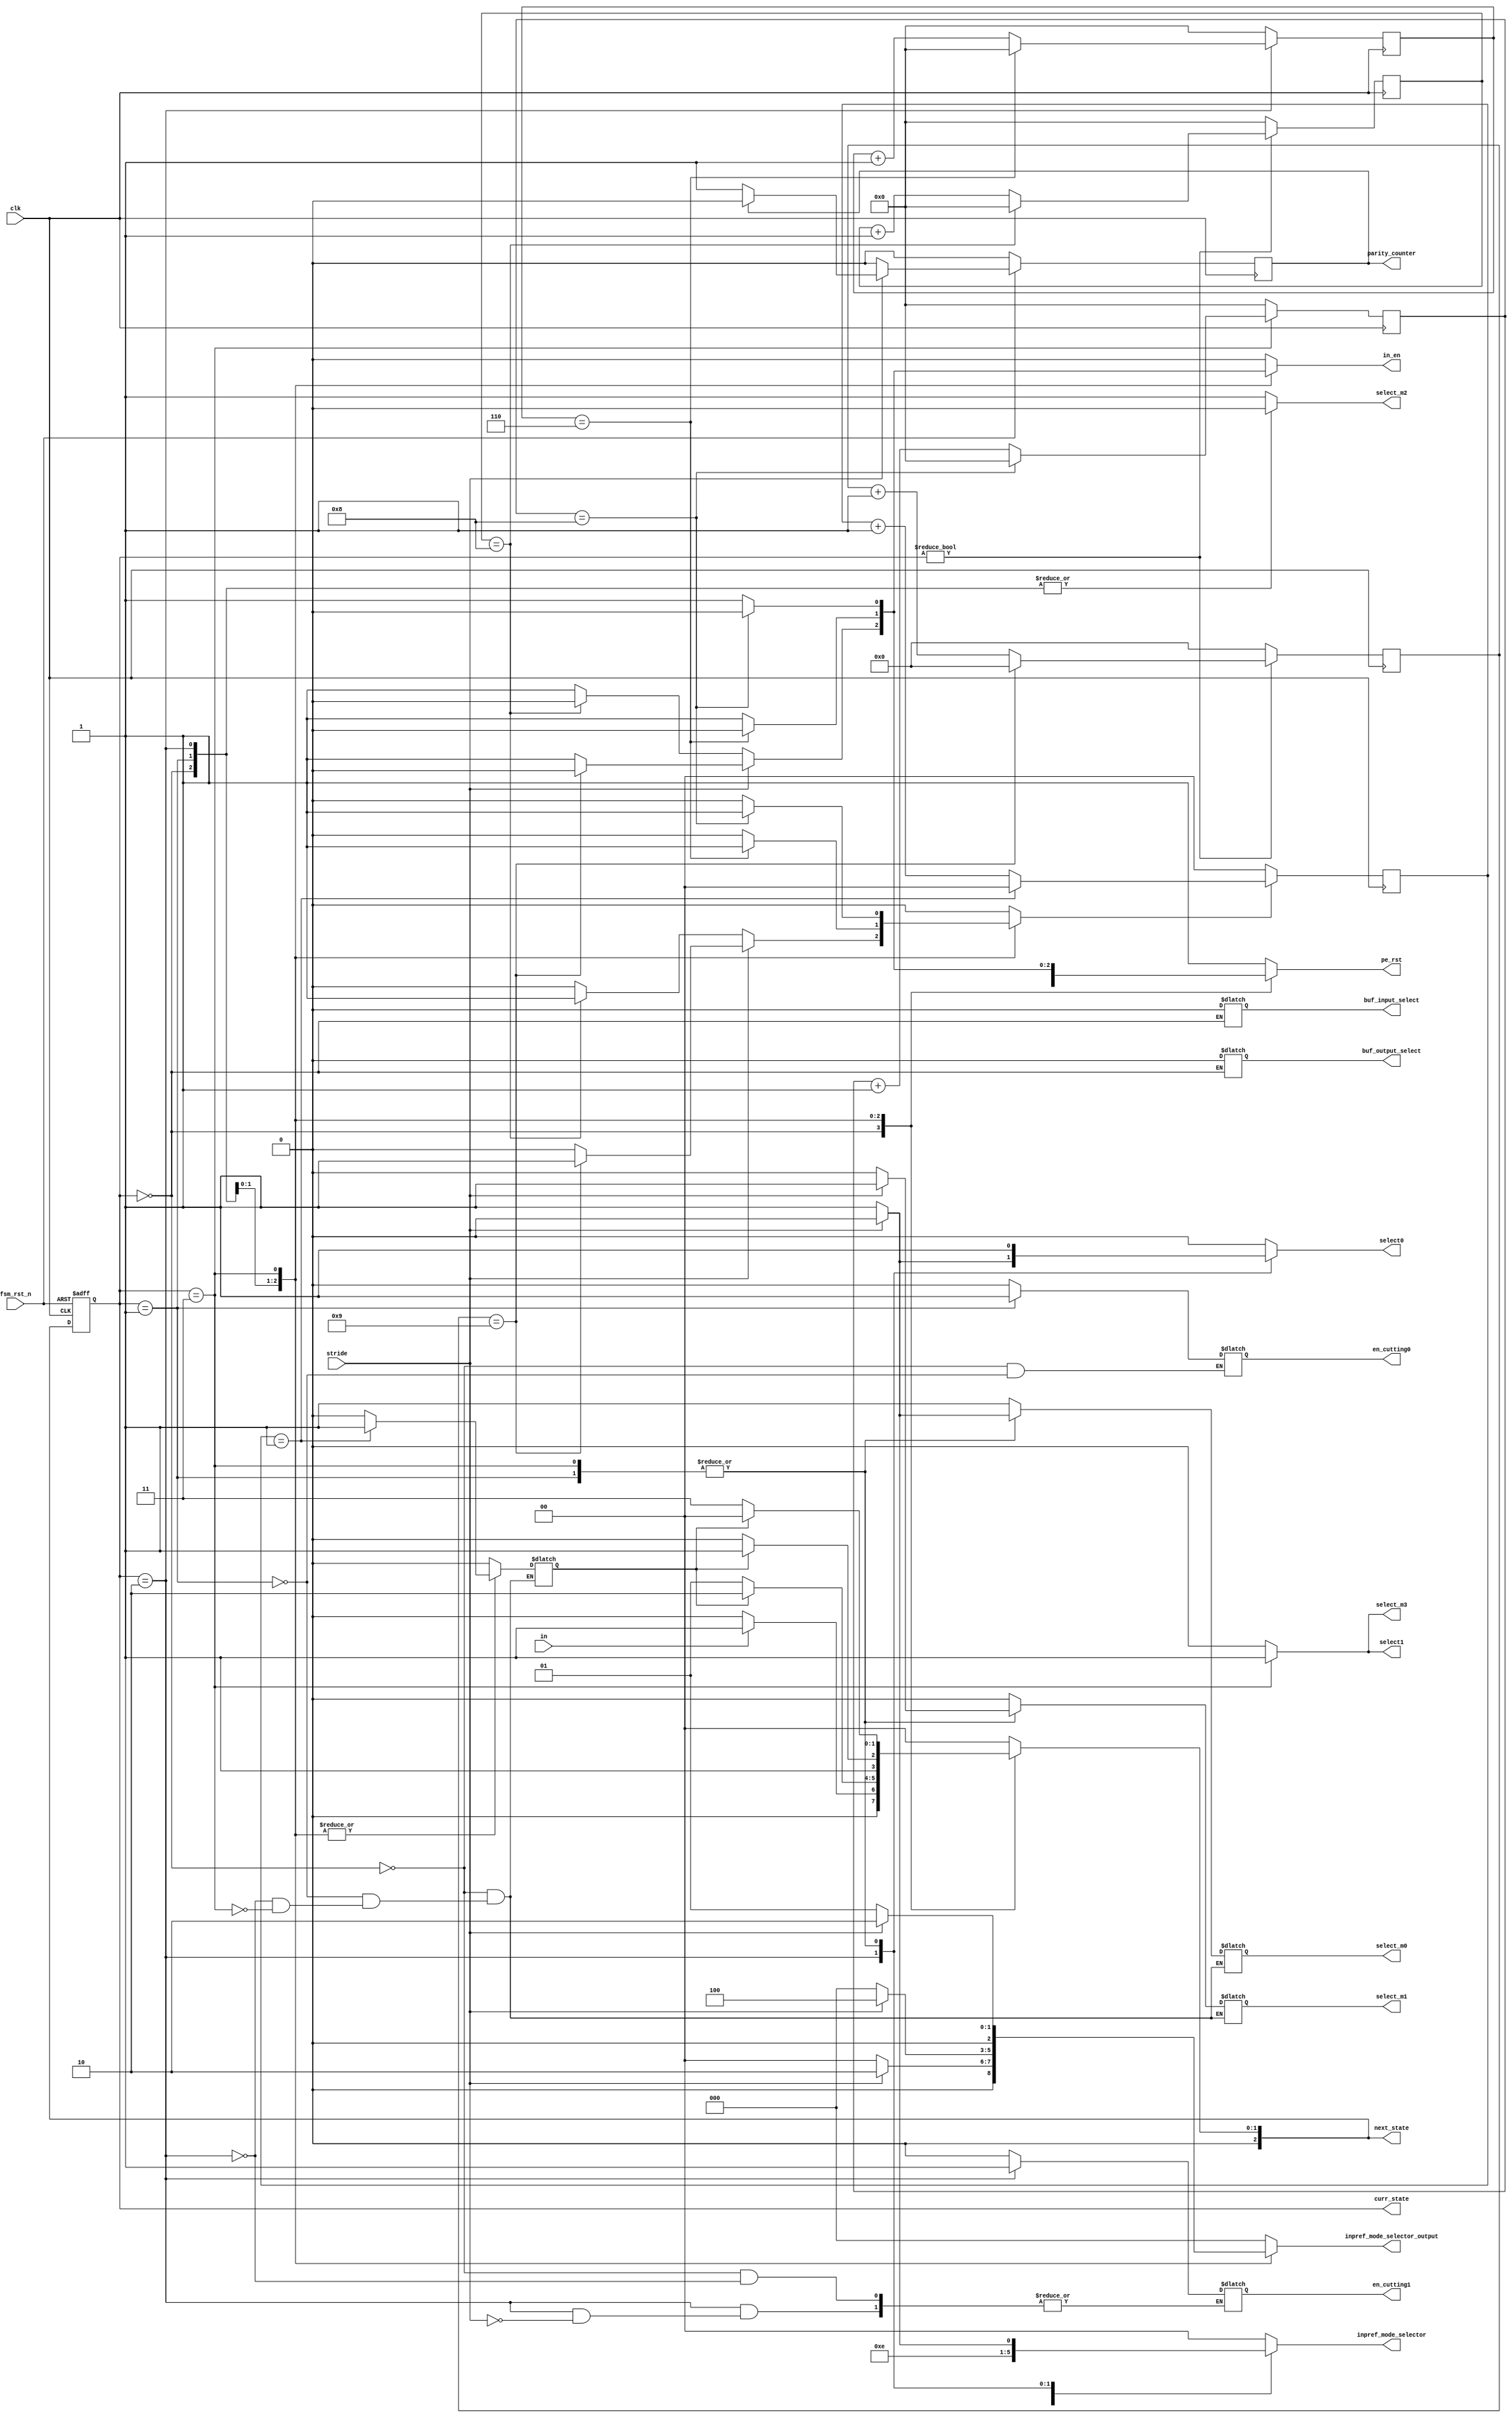
module FSM(clk,fsm_rst_n,in,stride,select_m0,select_m1,select_m2,select_m3,select0,select1,in_en,pe_rst,
en_cutting0,en_cutting1,inpref_mode_selector,inpref_mode_selector_output,buf_input_select,buf_output_select,curr_state,next_state,parity_counter);

input clk,fsm_rst_n,in,stride;
output reg select_m0,select_m1,select_m2,select_m3,select0,select1;
parameter IDLE=2'b00;
parameter FP=2'b01;
parameter BP=2'b10;
parameter WG=2'b11;

parameter parity_counter_num=1;
parameter count_num=8;  //clk of in_en counter parameter
parameter fp_count_num=9; // clk of in_en counter when stride=2 
parameter bp_count_num = 6;
parameter wg_count_num = 8;
parameter rst_count_num=1; //clk of reset counter parameter
reg complete;
reg rst_complete;
output reg in_en,pe_rst,parity_counter;
/*ctrl of output buffer  
buf_input_select = 1 (receive BN's output) =0 (receive SA's output)
buf_output_select = 1 (output to weight_pref) =0 (output to input_pref)
*/
output reg buf_input_select,buf_output_select;
//ctrl of inpref
output reg [1:0]inpref_mode_selector;
/*
inpref_mode_selector=2'b00, first input(no cutting) and stride = 2;
inpref_mode_selector=2'b01, first input(no cutting) and stride = 1;
inpref_mode_selector=2'b10, cutting input and stride = 2;
inpref_mode_selector=2'b11, cutting input and stride = 1;
*/
output reg [2:0]inpref_mode_selector_output;
output reg en_cutting0;
output reg en_cutting1;
output [2:0]curr_state,next_state;
reg [4:0]fp_count;
reg [3:0]bp_count;
reg [3:0]wg_count;
reg [3:0]count;
reg [1:0]rst_count;
reg [2:0]curr_state;
reg [2:0]next_state;


//Fsm next_state  set
/*---------------------------------------------------------*/
always@(posedge clk or negedge fsm_rst_n)
  if (~fsm_rst_n) 
    begin 
	curr_state <= IDLE;

    end
  else     
    begin

        curr_state <= next_state;
    end   

/*---------------------------------------------------------*/

//Fsm state change 
/*---------------------------------------------------------*/

always@(*)
  case (curr_state)
    IDLE    : if (in) begin next_state = FP;
end
              else     next_state = IDLE;
    FP      : if (rst_complete) begin 
		next_state = BP;
end
              else     next_state = FP;
    BP      : if (rst_complete) begin 
		next_state = WG;
end
              else     next_state = BP;
    WG      : if (rst_complete) begin
		next_state = IDLE;
end
	      else     next_state = WG;
        

    default :          next_state = IDLE;
  endcase
/*---------------------------------------------------------*/

//Fsm output:PE's mux select
/*---------------------------------------------------------*/

always@(*)
  case (curr_state)
    IDLE    : begin 
    select_m0=1;select_m1=0;select_m2=0;select_m3=0;select0=0;select1=0;
    in_en=0;complete=0;rst_complete=0;pe_rst=0;en_cutting0=0;en_cutting1=0;
    buf_input_select=0;buf_output_select=0;
    inpref_mode_selector=2'b01;inpref_mode_selector_output=3'b000;
    
        
end
/*--------------------------FP Mode-------------------------------*/
    FP      : begin
    select_m2=0;select_m3=0;select0=1;select1=0;en_cutting0=1;pe_rst=1;
if(stride==0)
    begin
	select_m0=1;select_m1=0;inpref_mode_selector=2'b01;inpref_mode_selector_output=3'b000;
    end
else
     begin
	select_m0=0;select_m1=1;inpref_mode_selector=2'b00;inpref_mode_selector_output=3'b010;
     end

//calculate finish
if(stride)
    if(fp_count==fp_count_num)
        begin
            in_en=0;complete=1;pe_rst = 0;
        end
    else
        begin
            in_en=1;complete=0;
        end
else
    if(count==count_num)
        begin
            in_en=0;complete=1;pe_rst = 0;
        end
    else
        begin
            in_en=1;complete=0;
        end

//reset finish
    if(rst_count==rst_count_num)
    begin
        //pe_rst = 1;
        rst_complete=1;
    end

    else
    begin
        rst_complete=0;
    end
end
/*--------------------------BP Mode-------------------------------*/
    BP	    : begin 
    select_m0=1;select_m1=0;select_m2=0;select_m3=0;pe_rst=1;
if(stride==0)
    begin
	select0=1;select1=0;inpref_mode_selector=2'b11;inpref_mode_selector_output=3'b000;
    end
else
     begin
	select0=0;select1=0;en_cutting1=1;inpref_mode_selector=2'b11;inpref_mode_selector_output=3'b100;
     end

//calculate finish
/*
if(count==count_num-1)
        in_en=0;
else
        in_en=1;
if(count==count_num)
    begin
        complete=1;pe_rst = 0;
    end

else
        complete=0;*/

if(bp_count==bp_count_num)
    begin
        in_en=0;complete=1;pe_rst = 0;
    end

else
    begin
        in_en=1;complete=0;
    end

//reset finish
    if(rst_count==rst_count_num)
    begin
        //pe_rst = 1;
        rst_complete=1;
    end

    else
    begin
        rst_complete=0;
    end
end
/*--------------------------WG Mode-------------------------------*/
    WG      : begin 
    select_m2=1;select_m3=1;select0=1;select1=1;pe_rst=1;
if(stride==0)
    begin
	select_m0=1;select_m1=0;inpref_mode_selector=2'b01;inpref_mode_selector_output=3'b001;
    end
else
    begin
    select_m0=0;select_m1=1;inpref_mode_selector=2'b00;inpref_mode_selector_output=3'b010;        
    end

//calculate finish
/*
if(count==count_num-1)
        in_en=0;
else
        in_en=1;
if(count==count_num)
    begin
        complete=1;pe_rst = 0;
    end

else
        complete=0;*/

if(wg_count==wg_count_num)
    begin
        in_en=0;complete=1;pe_rst = 0;
    end

else
    begin
        in_en=1;complete=0;
    end
//reset finish
    if(rst_count==rst_count_num)
    begin
        //pe_rst = 1;
        rst_complete=1;
    end

    else
    begin
        rst_complete=0;
    end

end

    default : begin
    select_m2=1;select_m3=0;select0=0;select1=0;in_en=0;complete=0;pe_rst=1;
    inpref_mode_selector=2'b00;inpref_mode_selector_output=3'b000;
    end
endcase




//in_en counter
/*---------------------------------------------------------*/

always@(posedge clk) begin
    if(curr_state)  
       begin
	    if (count==count_num)
   	        begin
		count <= 0;
    	end
        else
	     begin
       		count <= count+1;
	     end
       end
    else  count <= 0;
    
end
//in_en counter for FP mode when stride=2 
/*---------------------------------------------------------*/

always@(posedge clk) begin
    if(curr_state)  
    begin
	    if (fp_count==fp_count_num)
	        fp_count <= 0;
    	else
       		fp_count <= fp_count+1;
    end
    else  fp_count <= 0;
    
end

//in_en counter for BP mode 
/*---------------------------------------------------------*/

always@(posedge clk) begin
    if(curr_state==BP)  
    begin
	    if (bp_count==bp_count_num)
	        bp_count <= 0;
    	else
       		bp_count <= bp_count+1;
    end
    else  bp_count <= 0;
    
end

//in_en counter for WG mode 
/*---------------------------------------------------------*/

always@(posedge clk) begin
    if(curr_state==WG)  
    begin
	    if (wg_count==wg_count_num)
	        wg_count <= 0;
    	else
       		wg_count <= wg_count+1;
    end
    else  wg_count <= 0;
    
end

//PE_RST counter
/*---------------------------------------------------------*/

always@(posedge clk) begin
    if(complete)  
       begin
	    if (rst_count==rst_count_num)
		    rst_count <= 0;

        else
	     begin
       		rst_count <= rst_count+1;
	     end
       end
    else  rst_count <= 0;
    
end
//Parity counter
/*---------------------------------------------------------*/

always@(posedge clk) begin
    if (fsm_rst_n)
        if(stride)
            if(parity_counter==parity_counter_num)
                parity_counter = 0;
            else
                parity_counter = 1;
        else
            parity_counter = 0;
    else
        parity_counter = 0;
end
    


    
endmodule